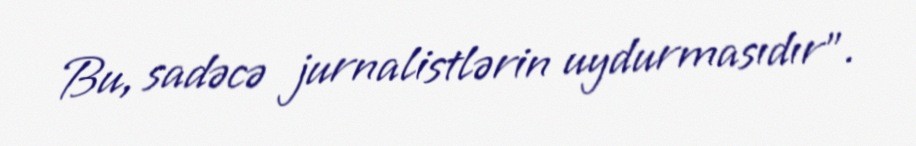
Bu, sadəcə jurnalistlərin uydurmasıdır”.